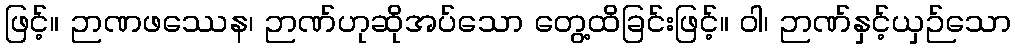
ဖြင့်။ ဉာဏဖဿေန၊ ဉာဏ်ဟုဆိုအပ်သော တွေ့ထိခြင်းဖြင့်။ ဝါ၊ ဉာဏ်နှင့်ယှဉ်သော